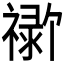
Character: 𬓗